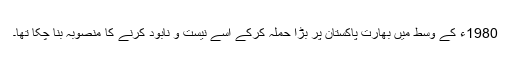
1980ء کے وسط میں بھارت پاکستان پر بڑا حملہ کرکے اسے نیست و نابود کرنے کا منصوبہ بنا چکا تھا۔